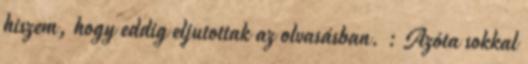
hiszem, hogy eddig eljutottak az olvasásban. : Azóta sokkal